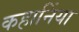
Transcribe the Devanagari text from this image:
कहानिंया